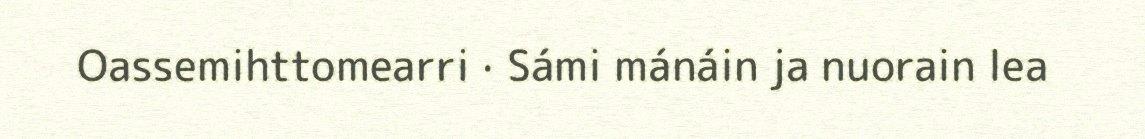
Oassemihttomearri · Sámi mánáin ja nuorain lea